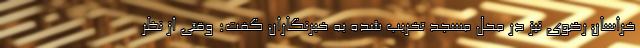
خراسان رضوی نیز در محل مسجد تخریب شده به خبرنگاران گفت: وقتی از نظر